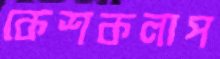
কেশকলাপ